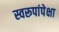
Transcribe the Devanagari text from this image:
स्वरूपांपेक्षा